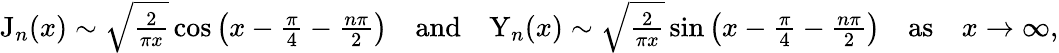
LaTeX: \begin{array}{r}{\mathrm{J}_{n}(x)\sim\sqrt{\frac{2}{\pi x}}\cos\left(x-\frac{\pi}{4}-\frac{n\pi}{2}\right)\quad\mathrm{and}\quad\mathrm{Y}_{n}(x)\sim\sqrt{\frac{2}{\pi x}}\sin\left(x-\frac{\pi}{4}-\frac{n\pi}{2}\right)\quad\mathrm{as}\quad x\rightarrow\infty,}\end{array}